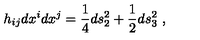
h _ { i j } d x ^ { i } d x ^ { j } = { \frac { 1 } { 4 } } d s _ { 2 } ^ { 2 } + { \frac { 1 } { 2 } } d s _ { 3 } ^ { 2 } \ ,